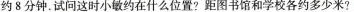
约8分钟。试问这时小敏约在什么位置?距图书馆和学校各约多少米?